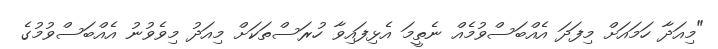
"މިއަދާ ހަމައަށް މިފަދަ އެއްބަސްވުމެއް ނެތީމަ އެޅިފައިވާ ހުރަސްތަކަށް މިއަދު މިވެވުނު އެއްބަސްވުމުގެ